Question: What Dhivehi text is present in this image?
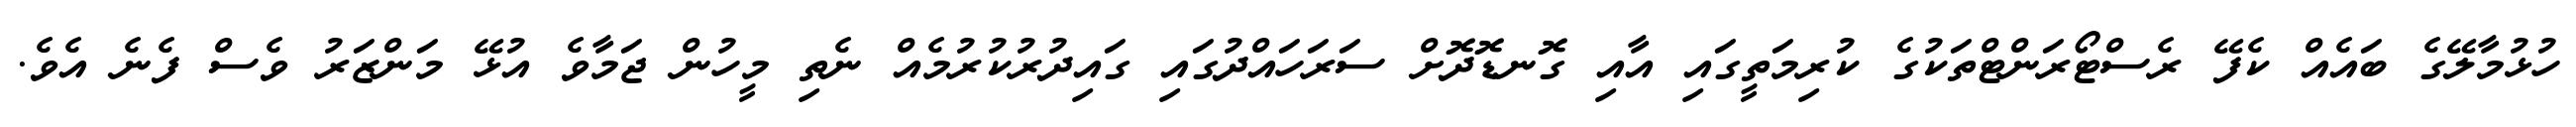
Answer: ހުޅުމާލޭގެ ބައެއް ކެފޭ ރެސްޓޯރަންޓްތަކުގެ ކުރިމަތީގައި އާއި ގޮނޑޮދޮށް ސަރަހައްދުގައި ގައިދުރުކުރުމެއް ނެތި މީހުން ޖަމާވެ އުޅޭ މަންޒަރު ވެސް ފެނެ އެވެ.